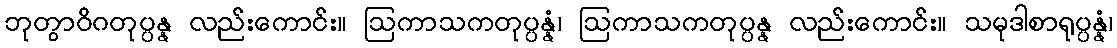
ဘုတွာဝိဂတုပ္ပန္န လည်းကောင်း။ ဩကာသကတုပ္ပန္နံ၊ ဩကာသကတုပ္ပန္န လည်းကောင်း။ သမုဒါစာရုပ္ပန္နံ၊